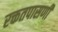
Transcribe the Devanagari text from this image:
रक्ततपासणी